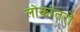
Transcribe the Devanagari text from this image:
लोकांतरों